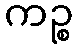
ကဉ္စ